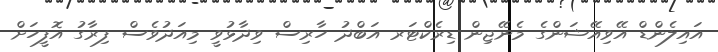
އައިލެންޑް އޭވިއޭޝަންގެ މެނޭޖިން ޑިރެކްޓަރ އަބްދު ހާރިސް ވިދާޅުވީ މިއަދުވެސް ފިރާގު އޮފީހަށް